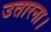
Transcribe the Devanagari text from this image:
उतारना।